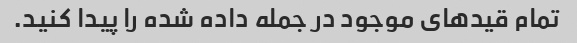
تمام قیدهای موجود در جمله داده شده را پیدا کنید.